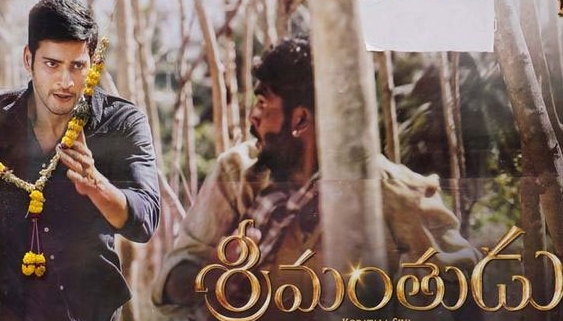
Language: telugu
Transcription: శ్రీమంతుడు